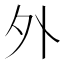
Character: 外